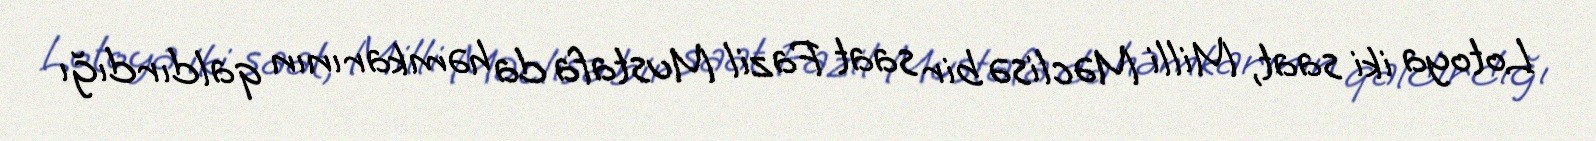
Lotoya iki saat, Milli Məclisə bir saat Fazil Mustafa da həmkarının qaldırdığı